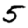
Digit: 5